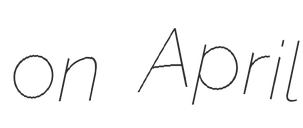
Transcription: on April